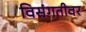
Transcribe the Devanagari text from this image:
विसंगतीवर